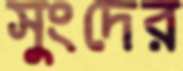
সুংদের